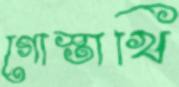
গোস্তাখি